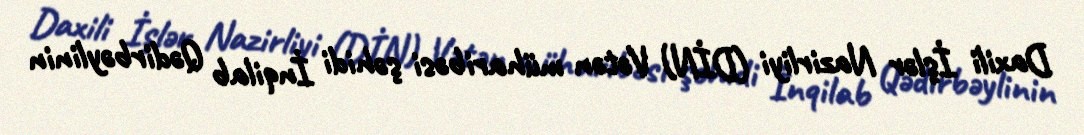
Daxili İşlər Nazirliyi (DİN) Vətən müharibəsi şəhidi İnqilab Qədirbəylinin